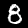
Label: 8